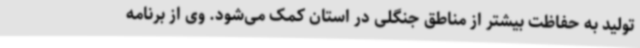
تولید به حفاظت بیشتر از مناطق جنگلی در استان کمک می‌شود. وی از برنامه